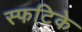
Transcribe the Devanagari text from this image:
स्फटिके